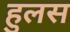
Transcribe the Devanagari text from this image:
हुलस